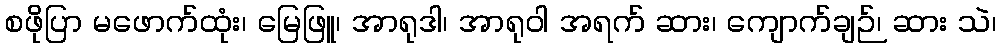
စဖိုပြာ မဖောက်ထုံး၊ မြေဖြူ၊ အာရုဒါ၊ အာရုဝါ အရက် ဆား၊ ကျောက်ချဉ်၊ ဆား သဲ၊